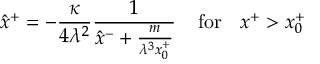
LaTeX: \hat { x } ^ { + } = - \frac { \kappa } { 4 \lambda ^ { 2 } } \frac { 1 } { \hat { x } ^ { - } + \frac { m } { \lambda ^ { 3 } x _ { 0 } ^ { + } } } \: \: \: \: \: \mathrm { f o r } \: \: \: \: x ^ { + } > x _ { 0 } ^ { + }